Indian journal of veterinary science and animal husbandry - Volume 5,
Year: 1935
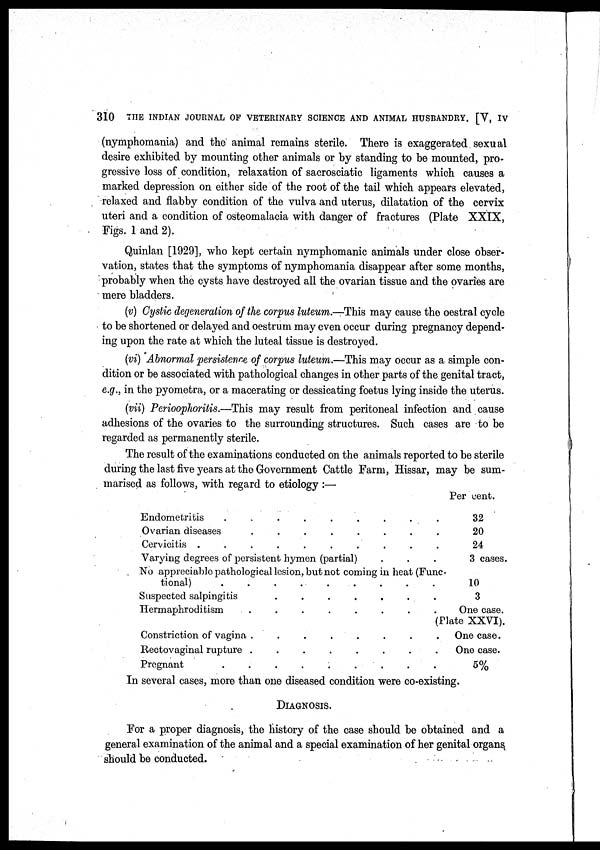
310 THE INDIAN JOURNAL OF VETERINARY SCIENCE AND ANIMAL HUSBANDRY. [V, IV
(nymphomania) and the animal remains sterile. There is exaggerated sexual
desire exhibited by mounting other animals or by standing to be mounted, pro-
gressive loss of condition, relaxation of sacrosciatic ligaments which causes a
marked depression on either side of the root of the tail which appears elevated,
relaxed and flabby condition of the vulva and uterus, dilatation of the cervix
uteri and a condition of osteomalacia with danger of fractures (Plate XXIX,
Figs. 1 and 2).
Quinlan [1929], who kept certain nymphomanic animals under close obser-
vation, states that the symptoms of nymphomania disappear after some months,
probably when the cysts have destroyed all the ovarian tissue and the ovaries are
mere bladders.
(v) Cystic degeneration of the corpus luteum.—This may cause the oestral cycle
to be shortened or delayed and oestrum may even occur during pregnancy depend-
ing upon the rate at which the luteal tissue is destroyed.
(vi) Abnormal persistence of corpus luteum.—This may occur as a simple con-
dition or be associated with pathological changes in other parts of the genital tract,
e.g., in the pyometra, or a macerating or dessicating foetus lying inside the uterus.
(vii) Perioophoritis.—This may result from peritoneal infection and cause
adhesions of the ovaries to the surrounding structures. Such cases are to be
regarded as permanently sterile.
The result of the examinations conducted on the animals reported to be sterile
during the last five years at the Government Cattle Farm, Hissar, may be sum-
marised as follows, with regard to etiology :—
Endometritis
........
Ovarian diseases
.......
Varying degrees of persistent hymen (partial)
No appreciable pathological lesion, but not coming in heat (Func-
tional)
Suspected salpingitis
......
Hermaphroditism
.......
Constriction of vagina
.......
Rectovaginal rupture
.......
Pregnant
........
Per cent.
32
20
24
3 cases.
10
3
One case.
(Plate XXVI).
One case.
One case.
5%
In several cases, more than one diseased condition were co-existing.
DIAGNOSIS.
For a proper diagnosis, the history of the case should be obtained and a
general examination of the animal and a special examination of her genital organs
should be conducted.